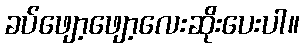
ခပ်ဖျော့ဖျော့လေးဆိုးပေးပါ။